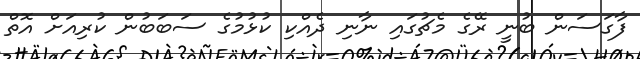
ފާގަސަން ބުނީ ރޭގެ މެޗުގައި ނާނި ދެއްކި ކުޅުމުގެ ސަބަބުން ކުރިއަށް އޮތް